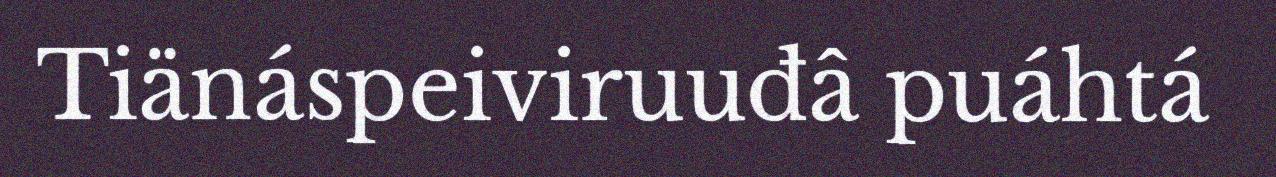
Tiänáspeiviruuđâ puáhtá